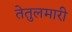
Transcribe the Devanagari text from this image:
तेतुलमारी